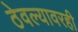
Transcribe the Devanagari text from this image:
ठेवल्यावरही